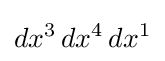
dx^{3}\,dx^{4}\,dx^{1}